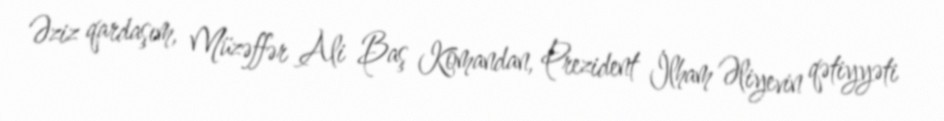
Əziz qardaşım, Müzəffər Ali Baş Komandan, Prezident İlham Əliyevin qətiyyəti